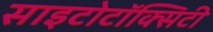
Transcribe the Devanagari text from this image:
साइटोटॉक्सिटी